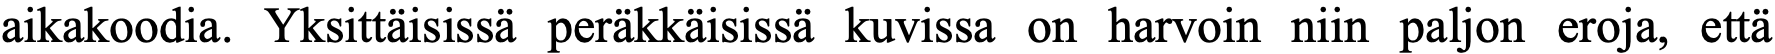
aikakoodia. Yksittäisissä peräkkäisissä kuvissa on harvoin niin paljon eroja, että